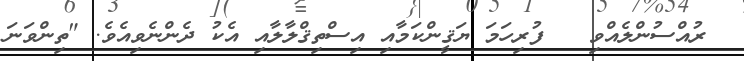
ރުއްސުންލެއްވި   ފުރިހަމަ ޔަޤީންކަމާއި އިސްތިޤްލާލާއި އެކު ދެންނެވިއެވެ. "ތިންވަނަ